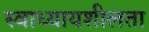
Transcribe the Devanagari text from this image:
स्वाध्यायशीलता